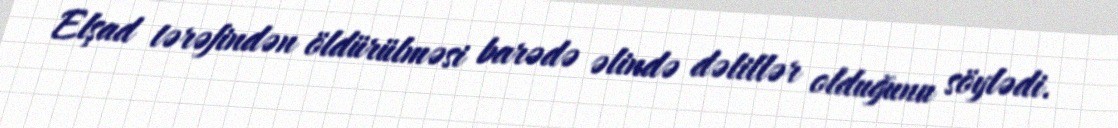
Elşad tərəfindən öldürülməsi barədə əlində dəlillər olduğunu söylədi.